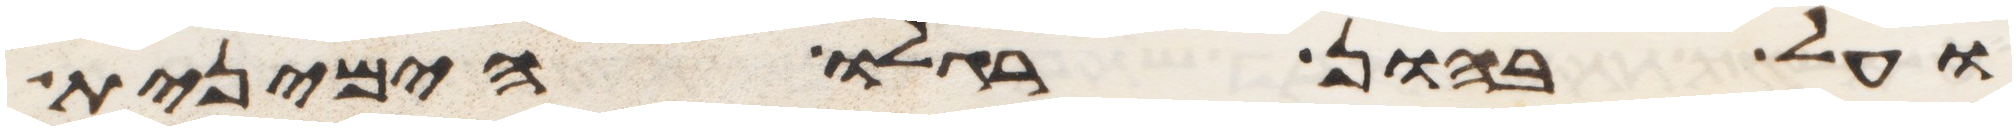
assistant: ועל בהון רגלו הימנית